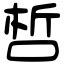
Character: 𠵍